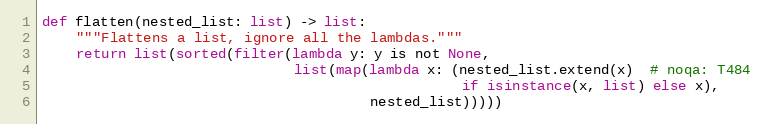
Language: Python
def flatten(nested_list: list) -> list:
    """Flattens a list, ignore all the lambdas."""
    return list(sorted(filter(lambda y: y is not None,
                              list(map(lambda x: (nested_list.extend(x)  # noqa: T484
                                                  if isinstance(x, list) else x),
                                       nested_list)))))